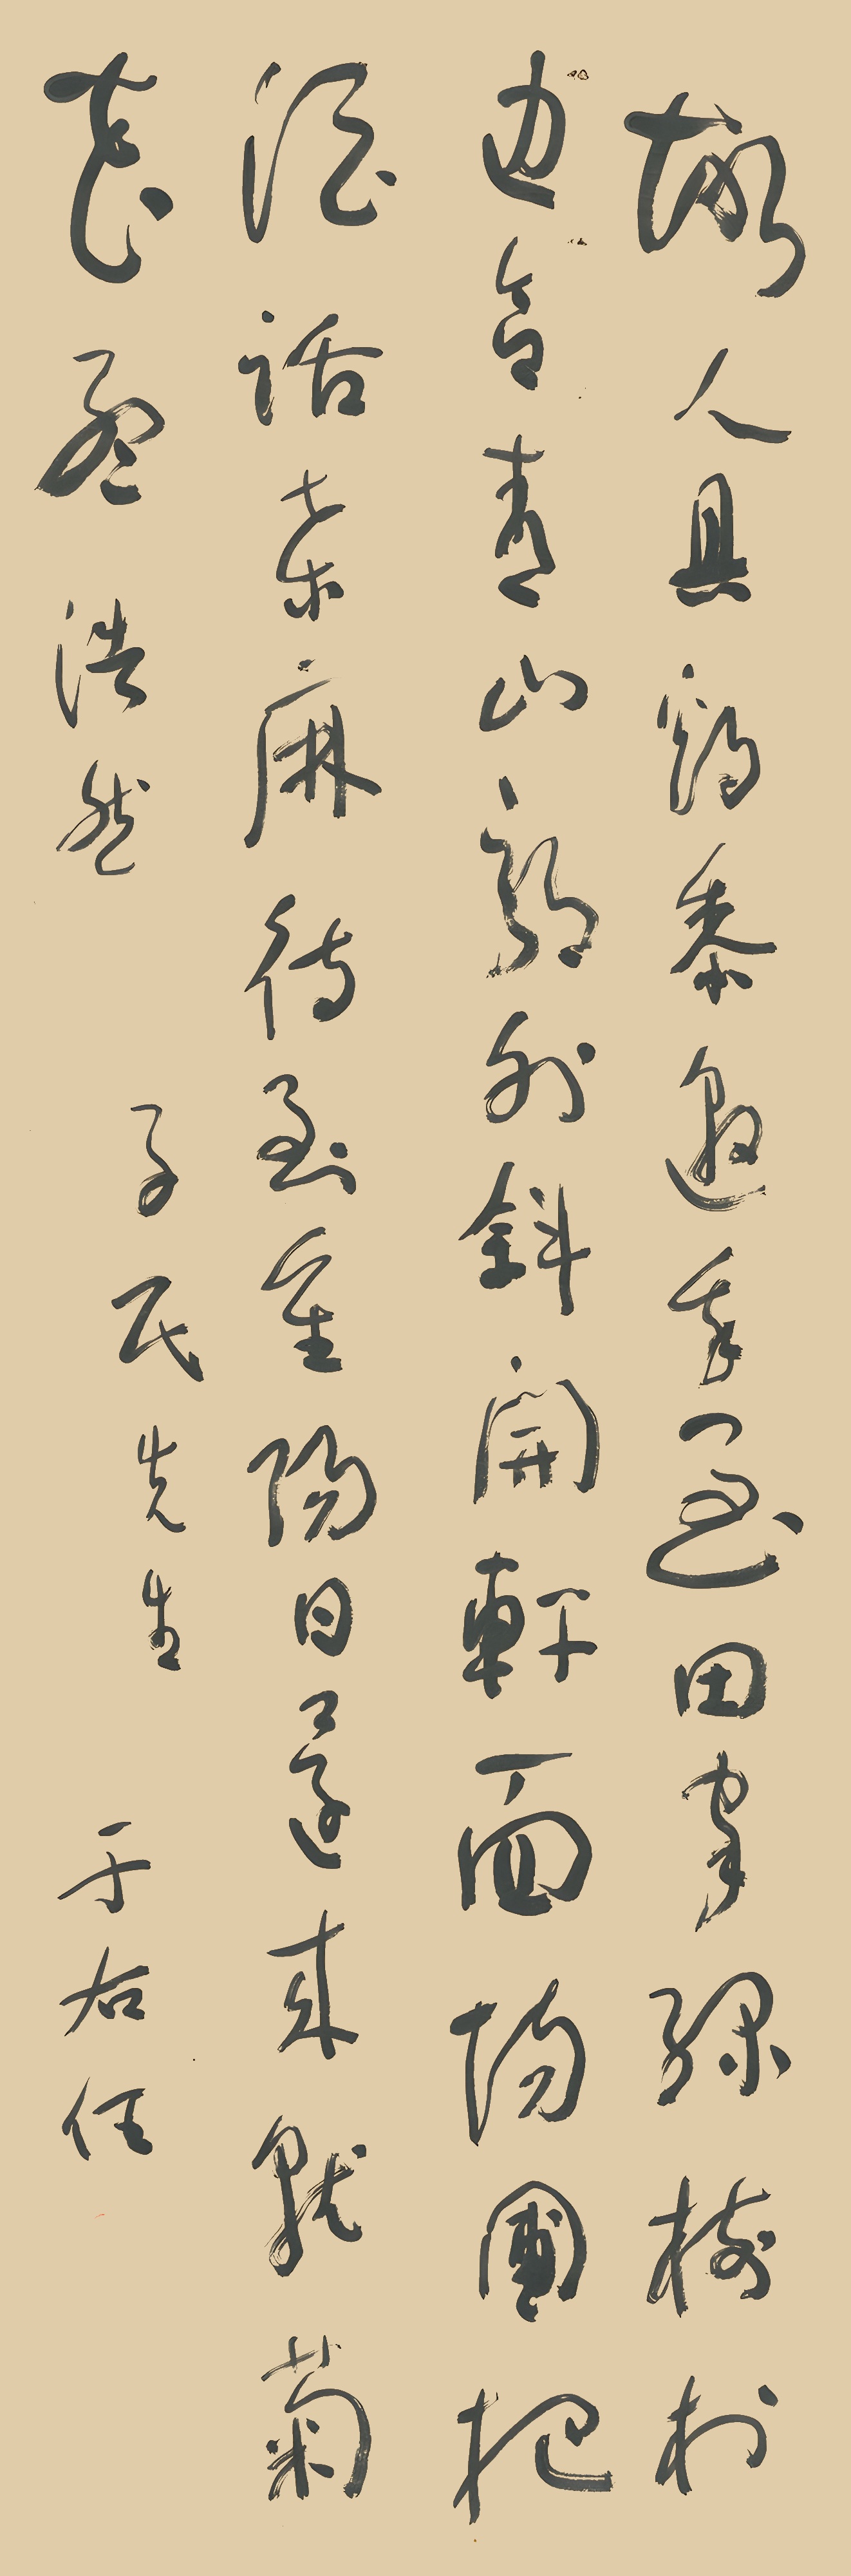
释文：故人具鸡黍，邀我至田家。绿树村边合，青山郭外斜。开轩面场圃，把酒话桑麻。待到重阳日，还来就菊花。孟浩然。子民先生。于右任。